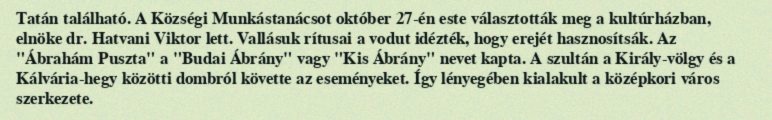
Tatán található. A Községi Munkástanácsot október 27-én este választották meg a kultúrházban, elnöke dr. Hatvani Viktor lett. Vallásuk rítusai a vodut idézték, hogy erejét hasznosítsák. Az "Ábrahám Puszta" a "Budai Ábrány" vagy "Kis Ábrány" nevet kapta. A szultán a Király-völgy és a Kálvária-hegy közötti dombról követte az eseményeket. Így lényegében kialakult a középkori város szerkezete.